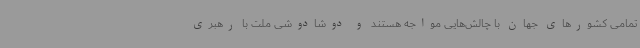
تمامی کشورهای جهان با چالش‌هایی مواجه هستند و دوشادوشی ملت با رهبری